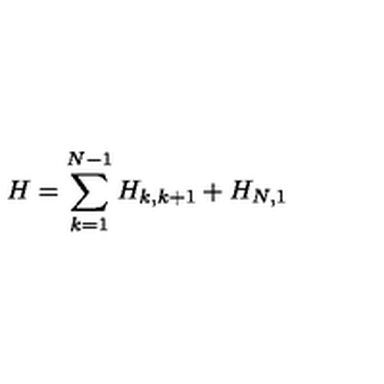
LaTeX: H = \sum _ { k = 1 } ^ { N - 1 } H _ { k , k + 1 } + H _ { N , 1 }